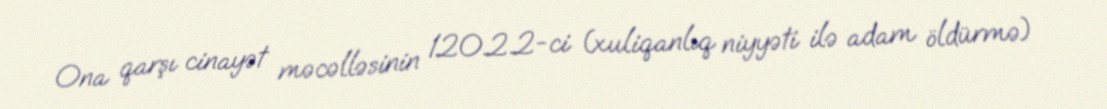
Ona qarşı cinayət məcəlləsinin 120.2.2-ci (xuliqanlıq niyyəti ilə adam öldürmə)